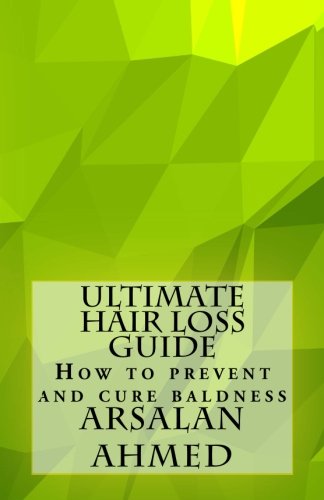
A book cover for Ultimate Hair Loss Guide: How to prevent and cure baldness; Arsalan Ahmed; Health, Fitness & Dieting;